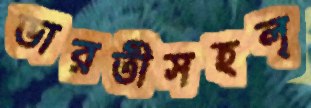
ভারতীসহল্